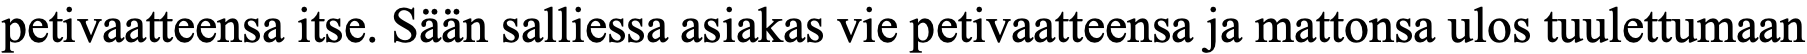
petivaatteensa itse. Sään salliessa asiakas vie petivaatteensa ja mattonsa ulos tuulettumaan